Vaccination in Bombay 1869-1873 - 1869-1873
Year: 1869
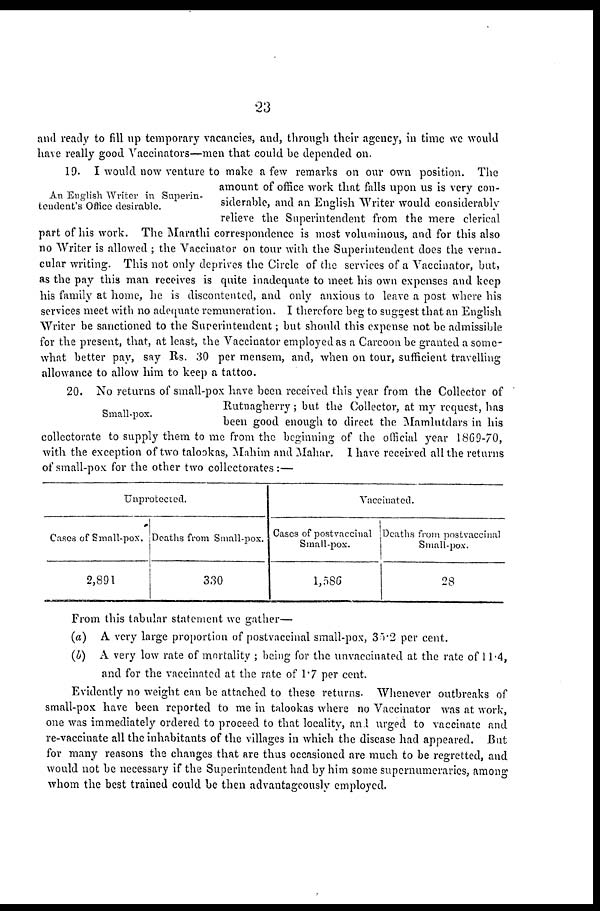
23
and ready to fill up temporary vacancies, and, through their agency, in time we would
have really good Vaccinators—men that could be depended on.
An English Writer in Superin-
tendent's Office desirable.
and ready to fill up temporary vacancies, and, through their agency, in time we would
have really good Vaccinators—men that could be depended on.
19. I would now venture to make a few remarks on our own position. The
amount of office work that falls upon us is very con-
siderable, and an English Writer would considerably
relieve the Superintendent from the mere clerical
part of his work. The Marathi correspondence is most voluminous, and for this also
no Writer is allowed ; the Vaccinator on tour with the Superintendent does the verna-
cular writing. This not only deprives the Circle of the services of a Vaccinator, but,
as the pay this man receives is quite inadequate to meet his own expenses and keep
his family at home, he is discontented, and only anxious to leave a post where his
services meet with no adequate remuneration. I therefore beg to suggest that an English
Writer be sanctioned to the Superintendent ; but should this expense not be admissible
for the present, that, at least, the Vaccinator employed as a Carcoon be granted a some-
what better pay, say Rs. 30 per mensem, and, when on tour, sufficient travelling
allowance to allow him to keep a tattoo.
Small-pox.
20. No returns of small-pox have been received this year from the Collector of
Rutnagherry ; but the Collector, at my request, has
been good enough to direct the Mamlutdars in his
collectorate to supply them to me from the beginning of the official year 1869-70,
with the exception of two talookas, Mahim and Mahar. I have received all the returns
of small-pox for the other two collectorates :—
Unprotected.
Cases of Small-pox.
2,891
Deaths from Small-pox.
330
Vaccinated.
Cases of postvaccinal
Small-pox.
1,586
Deaths from postvaccinal
Small-pox.
28
From this tabular statement we gather—
(a) A very large proportion of postvaccinal small-pox, 35.2 per cent.
(b) A very low rate of mortality ; being for the unvaccinated. at the rate of 11.4,
and for the vaccinated at the rate of 1.7 per cent.
Evidently no weight can be attached to these returns. Whenever outbreaks of
small-pox have been reported to me in talookas where no Vaccinator was at work,
one was immediately ordered to proceed to that locality, and urged to vaccinate and
re-vaccinate all the inhabitants of the villages in which the disease had appeared. But
for many reasons the changes that are thus occasioned are much to be regretted, and
would not be necessary if the Superintendent had by him some supernumeraries, among
whom the best trained could be then advantageously employed.